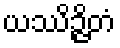
ယဿိဉ္ဇိတံ